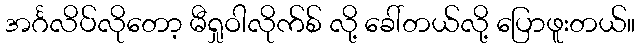
အင်္ဂလိပ်လိုတော့ မီရှုဝါလိုက်စ် လို့ ခေါ်တယ်လို့ ပြောဖူးတယ်။